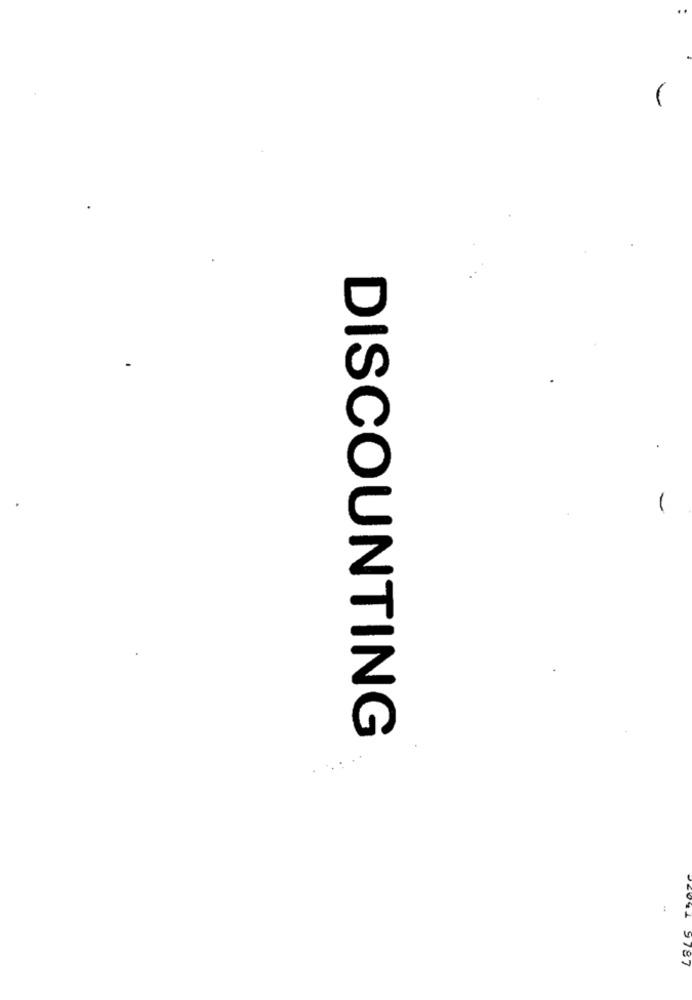
-
-
DISCOUNTING
9787